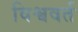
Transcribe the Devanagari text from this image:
विश्ववर्त